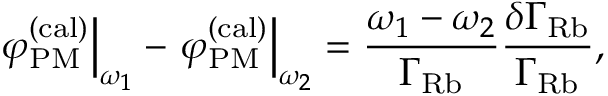
\left. \varphi _ { \mathrm { P M } } ^ { ( \mathrm { c a l ) } } \right\vert _ { \omega _ { 1 } } - \left. \varphi _ { \mathrm { P M } } ^ { ( \mathrm { c a l ) } } \right\vert _ { \omega _ { 2 } } = \frac { \omega _ { 1 } - \omega _ { 2 } } { \Gamma _ { \mathrm { R b } } } \frac { \delta \Gamma _ { \mathrm { R b } } } { \Gamma _ { \mathrm { R b } } } ,